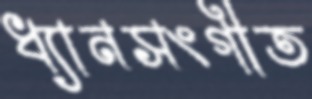
ধ্যানসংগীত